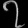
Digit: ၇